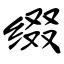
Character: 缀